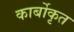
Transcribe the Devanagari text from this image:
कार्बोकृत